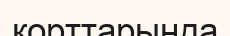
корттарында